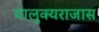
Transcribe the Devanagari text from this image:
चालुक्यराजास